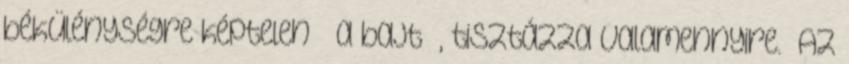
békülénységre képtelen – a bajt –, tisztázza valamennyire.” Az